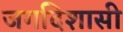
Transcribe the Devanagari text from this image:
जगदिशासी